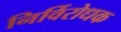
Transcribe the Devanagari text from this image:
निर्विरोधक